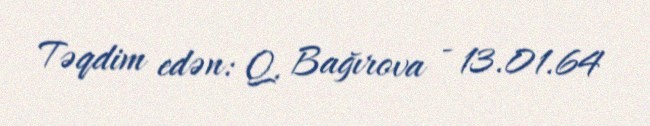
Təqdim edən: Q. Bağırova - 13.01.64